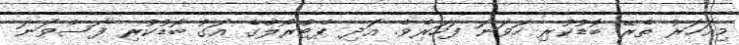
މިއަހަރު ތެރޭ ބޮޑުކުރި ހަވަނަ ފަހަރެވެ. އަދި ޕެޓްރޯލްގެ އަގު ބޮޑުކުރި ފަސްވަނަ